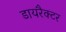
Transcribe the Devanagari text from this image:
डायरैक्टर